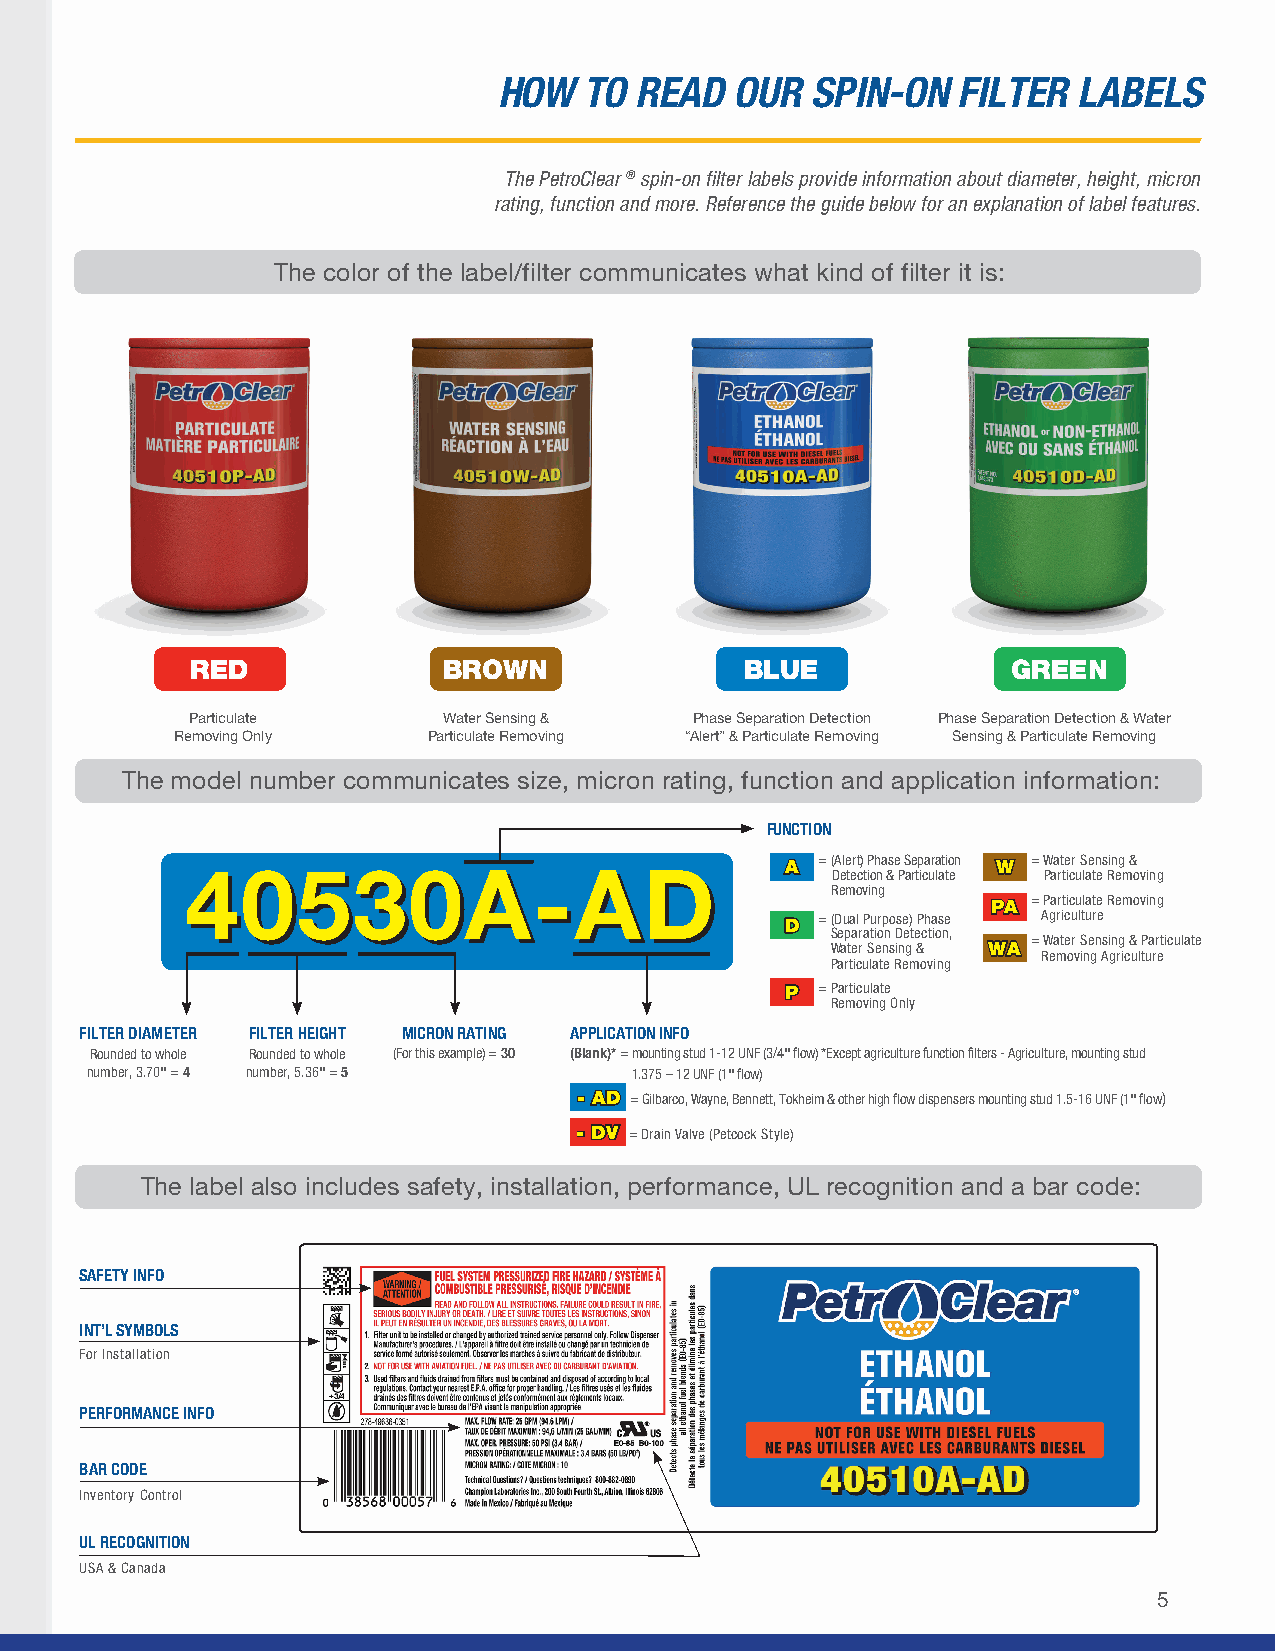
HOW   TO READ   OUR  SPIN-ON  FILTER  LABELS
 The PetroClear ® spin-on filter labels provide information about diameter, height, micron
 rating, function and more. Reference the guide below for an explanation of label features.
 The color of the label/filter communicates what kind of filter it is:
 RED             BROWN               BLUE              GREEN
 Particulate     Water Sensing &  Phase Separation Detection Phase Separation Detection & Water
 Removing Only   Particulate Removing “Alert” & Particulate Removing Sensing & Particulate Removing
 The model number communicates size, micron rating, function and application information:
 FUNCTION
 4400553300AA--AADD                      AA = ( DA ele tert c) t iP oh na &se P S ae rtp ica ura lati to en WW = W Paa rt te icr u S lae tn es Rin eg m & o v ing
 Removing
 PPAA = Particulate Removing
 DD = ( Dual Purpose) Phase Agriculture
 Separation Detection,
 = Water Sensing & Particulate
 Water Sensing & WWAA
 Removing Agriculture
 Particulate Removing
 PP = Particulate
 Removing Only
 FILTER DIAMETER FILTER HEIGHT MICRON RATING APPLICATION INFO
 Rounded to whole Rounded to whole (For this example) = 30 (Blank)* = mounting stud 1-12 UNF (3/4" flow) *Except agriculture function filters - Agriculture, mounting stud
 number, 3.70" = 4 number, 5.36" = 5 1.375 – 12 UNF (1" flow)
 -- AADD = G ilbarco, Wayne, Bennett, Tokheim & other high flow dispensers mounting stud 1.5-16 UNF (1" flow)
 -- DDVV = Drain Valve (Petcock Style)
 The label also includes safety, installation, performance, UL recognition and a bar code:
 SAFETY INFO
 INT’L SYMBOLS
 For Installation
 PERFORMANCE INFO
 BAR CODE
 Inventory Control
 UL RECOGNITION
 USA & Canada
 5